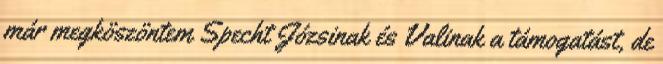
már megköszöntem Specht Józsinak és Valinak a támogatást, de